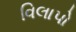
વિલાપો